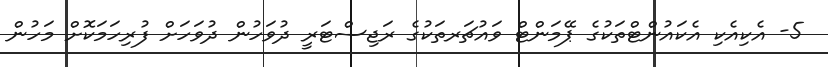
5- އެކިއެކި އެކައުންޓްތަކުގެ ޕޭމަންޓް ވައުޗަރތަކުގެ ރަޖިސްޓަރީ ދުވަހުން ދުވަހަށް ފުރިހަމަކޮށް މަހުން